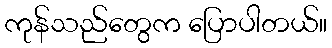
ကုန်သည်တွေက ပြောပါတယ်။